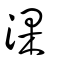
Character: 淉